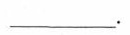
___.